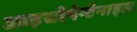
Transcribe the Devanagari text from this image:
आइसोपेन्टेनाइल